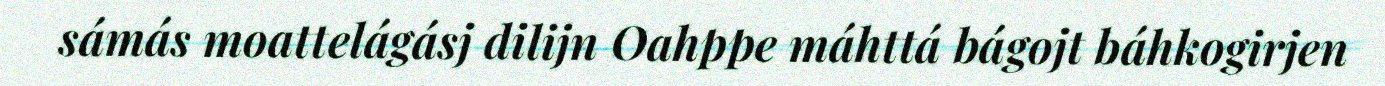
sámás moattelágásj dilijn Oahppe máhttá bágojt báhkogirjen